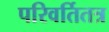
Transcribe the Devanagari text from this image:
परिवर्तितत्र